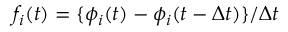
f _ { i } ( t ) = \{ \phi _ { i } ( t ) - \phi _ { i } ( t - \Delta t ) \} / \Delta t